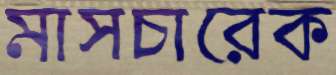
মাসচারেক